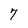
Character: 7